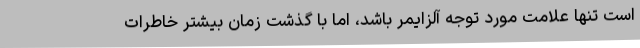
است تنها علامت مورد توجه آلزایمر باشد، اما با گذشت زمان بیشتر خاطرات